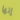
إنها